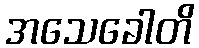
အသေခေါတိ